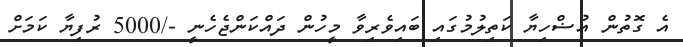
އެ ގޮތުން އުޟްހިޔާ ކަތިލުމުގައި ބައިވެރިވާ މީހުން ދައްކަންޖެހެނީ -/5000 ރުފިޔާ ކަމަށް